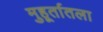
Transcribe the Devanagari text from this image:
मुहूर्तातला